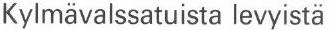
Kylmävalssatuista levyistä